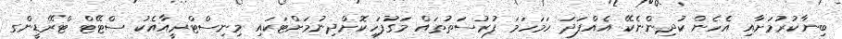
ބިނާކުރުމަށާއި އެހެން ކުދިންނެކޭ އެއްފަދަ ހަމަހަމަ ފުރުސަތުތައް މަގުފަހިކޮށްދިނުމަށްޓަކައި މިނިސްޓްރީއާއެކު ސްޓޭޓް ޓްރޭޑީންގ